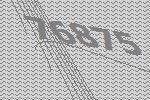
76875